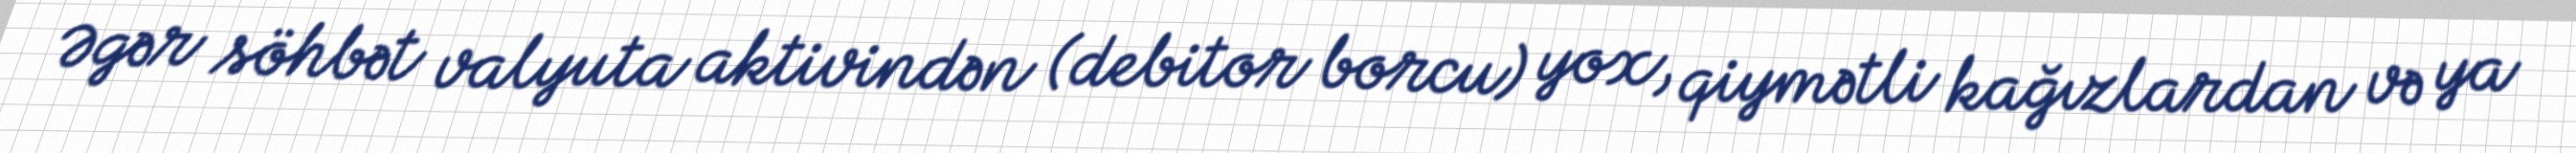
Əgər söhbət valyuta aktivindən (debitor borcu) yox, qiymətli kağızlardan və ya